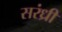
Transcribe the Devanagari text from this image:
सरंध्री